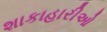
શાકાહારીઓ